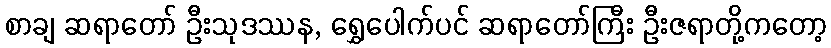
စာချ ဆရာတော် ဦးသုဒဿန, ရွှေပေါက်ပင် ဆရာတော်ကြီး ဦးဇရာတို့ကတော့